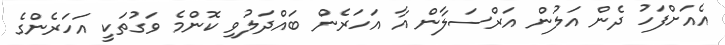
އެއަށްފަހު ދެން އަލުން އަރްސަލާން އާ އަހަރެން ބައްދަލުވި ކޮންމެ ވަގުތަކީ އަހަރެންގެ